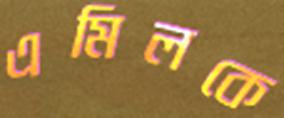
এমিলকে